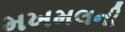
મખમલની